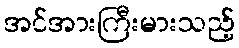
အင်အားကြီးမားသည့်